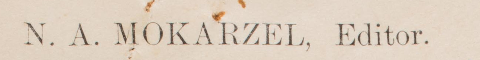
N. A. MOKARZEL, Editor.